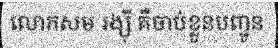
លោកសម រង្ស៊ី គឺចាប់ខ្លួនបញ្ជូន